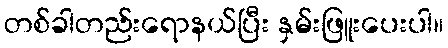
တစ်ခါတည်းရောနယ်ပြီး နှမ်းဖြူးပေးပါ။